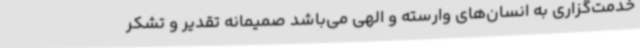
خدمت‌گزاری به انسان‌های وارسته و الهی می‌باشد صمیمانه تقدیر و تشکر